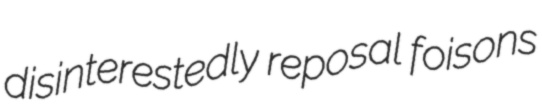
disinterestedly reposal foisons